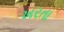
ખરતા